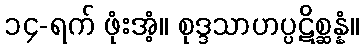
၁၄-ရက် ဖုံးအံ့။ စုဒ္ဒသာဟပ္ပဋိစ္ဆန္နံ။